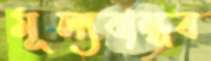
মূল্যবান্ধব